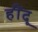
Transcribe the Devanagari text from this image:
हींदू